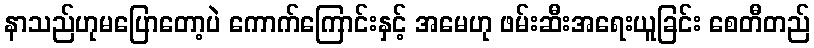
နာသည်ဟုမပြောတော့ပဲ ကောက်ကြောင်းနှင့် အမေဟု ဖမ်းဆီးအရေးယူခြင်း စေတီတည်